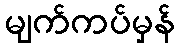
မျက်ကပ်မှန်